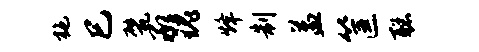
施巳甓承瑰烽制益筐聪